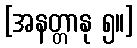
[အနတ္တာနု ၅။]